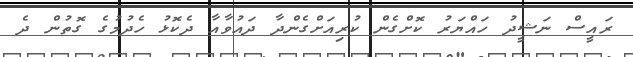
ރައީސް ނަޝީދު ހައްޔަރު ކޮށްގެން ކުރިއަށްގެންދާ ދައުވާއާ ދެކޮޅު ހެދުމުގެ ގޮތުން ދެ